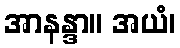
အာနန္ဒာ။ အယံ၊